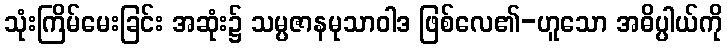
သုံးကြိမ်မေးခြင်း အဆုံး၌ သမ္ပဇာနမုသာဝါဒ ဖြစ်လေ၏-ဟူသော အဓိပ္ပါယ်ကို